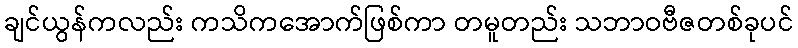
ချင်ယွန်ကလည်း ကသိကအောက်ဖြစ်ကာ တမူတည်း သဘာဝဗီဇတစ်ခုပင်